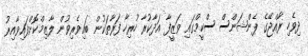
ދިވެހި ރާއްޖޭގެ ޕެންޝަންސް ސްކީމްގައި ވަޒީފާ އަދާކުރާ ހުރިހާ ފަރާތަކުން ބައިވެރިވުން ލާޒިމްކޮށްފައިވާއިރު